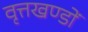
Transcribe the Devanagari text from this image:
वृत्तखण्डों